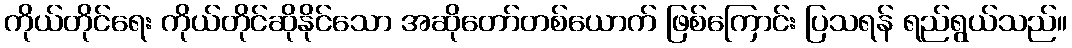
ကိုယ်တိုင်ရေး ကိုယ်တိုင်ဆိုနိုင်သော အဆိုတော်တစ်ယောက် ဖြစ်ကြောင်း ပြသရန် ရည်ရွယ်သည်။